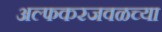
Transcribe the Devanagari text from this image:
अल्फकरजवळच्या